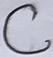
Text: C